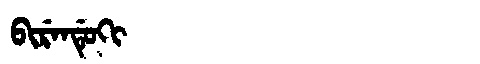
Manchu: ᠪᡳᡵᡝᠨᡩᡠᡴᡳ
Romanization: BIRENDUKI